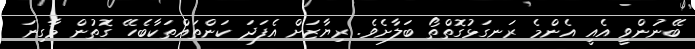
ބޭނުންވީ އެއީ އެންމެ ރަނގަޅުގޮތްތޯ ބަލާށެވެ. ރިޔާޒަށް އެފަދަ ކަންތައްތަކާބެހޭ ގޮތުން މާގިނަ